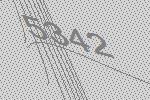
5342